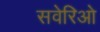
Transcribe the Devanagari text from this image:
सवेरिओ